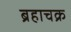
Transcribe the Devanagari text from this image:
ब्रहाचक्र